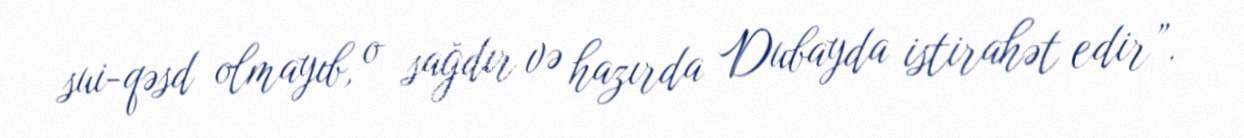
sui-qəsd olmayıb, o sağdır və hazırda Dubayda istirahət edir”.